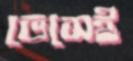
ভেসেই